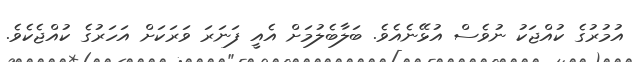
އުމުރުގެ ކުއްޖަކު ނުވެސް އުޅޭނެއެވެ. ބަލާބެލުމަށް އެއީ ފަނަރަ ވަރަކަށް އަހަރުގެ ކުއްޖެކެވެ.